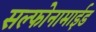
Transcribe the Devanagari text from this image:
सल्फोनामाईड